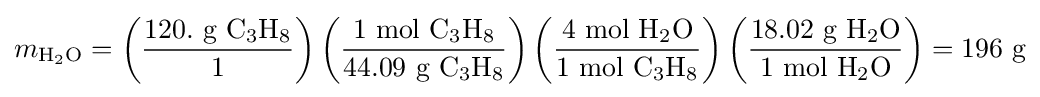
m_{\mathrm {H_{2}O} }=\left({\frac {120.{\mbox{ g }}\mathrm {C_{3}H_{8}} }{1}}\right)\left({\frac {1{\mbox{ mol }}\mathrm {C_{3}H_{8}} }{44.09{\mbox{ g }}\mathrm {C_{3}H_{8}} }}\right)\left({\frac {4{\mbox{ mol }}\mathrm {H_{2}O} }{1{\mbox{ mol }}\mathrm {C_{3}H_{8}} }}\right)\left({\frac {18.02{\mbox{ g }}\mathrm {H_{2}O} }{1{\mbox{ mol }}\mathrm {H_{2}O} }}\right)=196{\mbox{ g}}